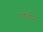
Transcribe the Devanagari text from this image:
थोलीन